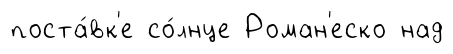
поста́вк'е со́лнце Роман'еско над